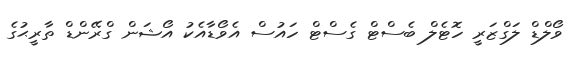
ވޯލްޑް ލަގްޒަރީ ހޮޓެލް ބެސްޓް ގެސްޓް ހައުސް އެވޯޑާއެކު އޯޝަން ގްރޭންޑް ތާރީޙުގެ